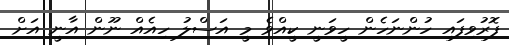
ފޮރުވިފައި ހުންނަހެން ހީވަނީ ކީއްވެ މީ އަސްލު ހިއެއް ނޫން އާނީ އަށް